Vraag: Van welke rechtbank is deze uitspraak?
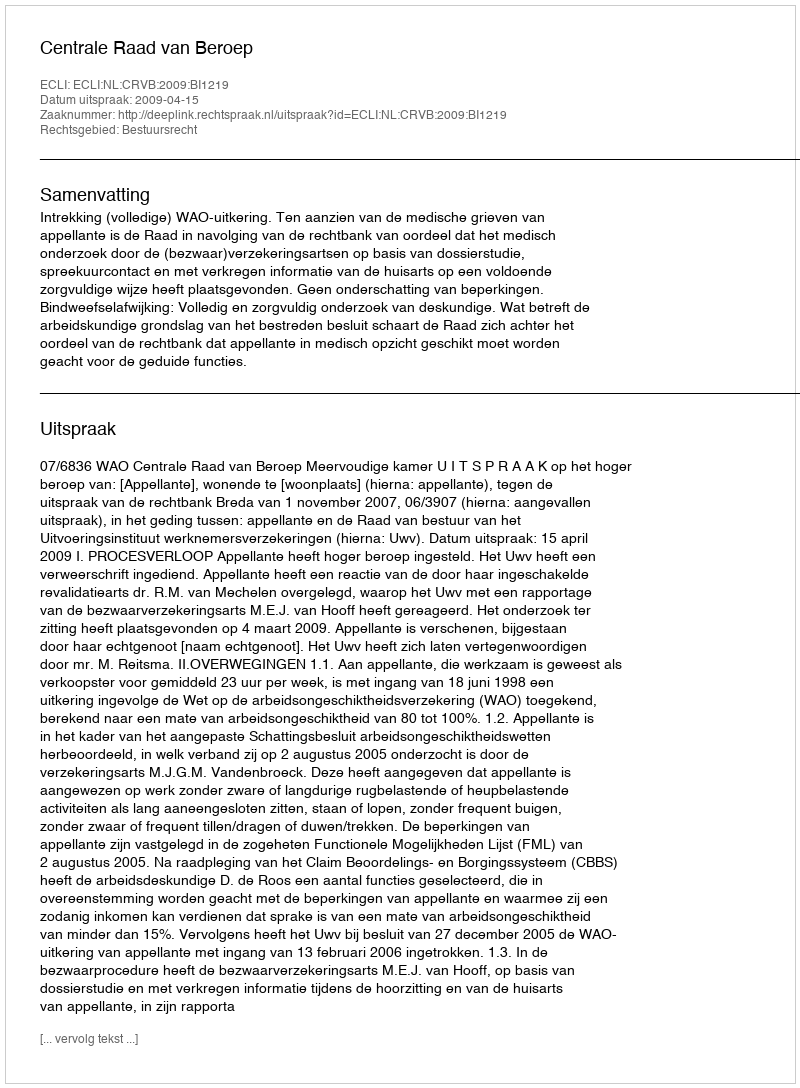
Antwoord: Centrale Raad van Beroep